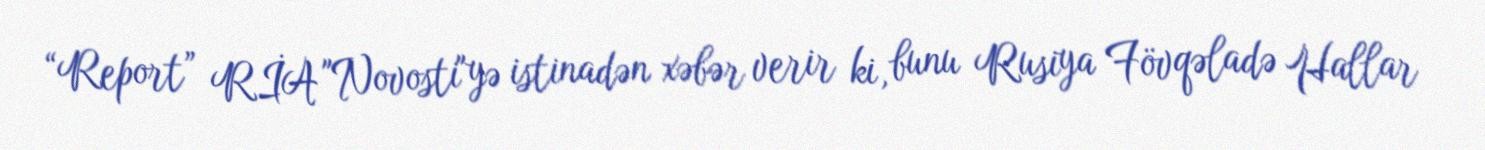
“Report” RİA "Novosti"yə istinadən xəbər verir ki, bunu Rusiya Fövqəladə Hallar